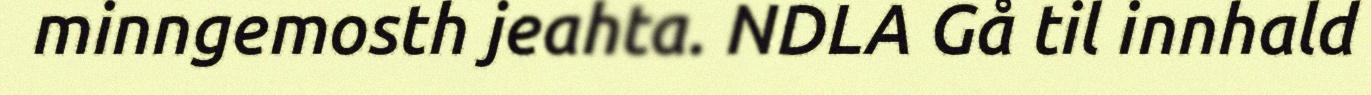
minngemosth jeahta. NDLA Gå til innhald